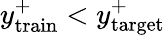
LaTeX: y_{\mathrm{train}}^{+}<y_{\mathrm{target}}^{+}